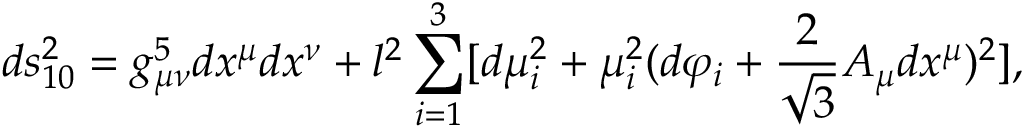
d s _ { 1 0 } ^ { 2 } = g _ { \mu \nu } ^ { 5 } d x ^ { \mu } d x ^ { \nu } + l ^ { 2 } \sum _ { i = 1 } ^ { 3 } [ d \mu _ { i } ^ { 2 } + \mu _ { i } ^ { 2 } ( d \varphi _ { i } + \frac { 2 } { \sqrt { 3 } } A _ { \mu } d x ^ { \mu } ) ^ { 2 } ] ,